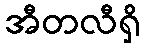
အီတလီရှိ